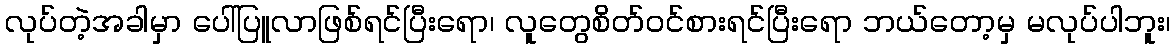
လုပ်တဲ့အခါမှာ ပေါ်ပြူလာဖြစ်ရင်ပြီးရော၊ လူတွေစိတ်ဝင်စားရင်ပြီးရော ဘယ်တော့မှ မလုပ်ပါဘူး၊